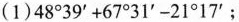
(1) $$4 8 ° 3 9 ’ + 6 7 ° 3 1 ’ - 2 1 ° 1 7 ’$$ ；